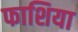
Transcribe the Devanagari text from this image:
फाशिया